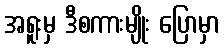
အရူးမှ ဒီစကားမျိုး ပြောမှာ